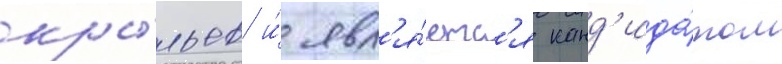
кры́льев и́ явл'я́етс'я канд'ида́том